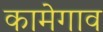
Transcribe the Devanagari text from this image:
कामेगाव